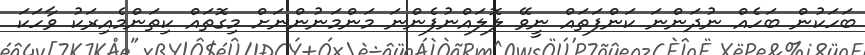
ބަހަކުން ބަހެއް ނުދަންނަ ކަންފަތައް ނީވޭ ލޮލައްނުފެންނަ މަންމަނުންނަށް މިގޮތައް ކިތަންމެއިރަކު ވާހަކަ